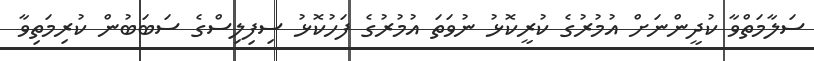
ސަލާމަތްވާ ކުދީންނަށް އުމުރުގެ ކުރީކޮޅު ނުވަތަ އުމުރުގެ ފަހުކޮޅު ސިފިލިސްގެ ސަބަބުން ކުރިމަތިވާ